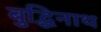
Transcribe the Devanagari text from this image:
बुद्धिनाथ